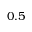
0 . 5